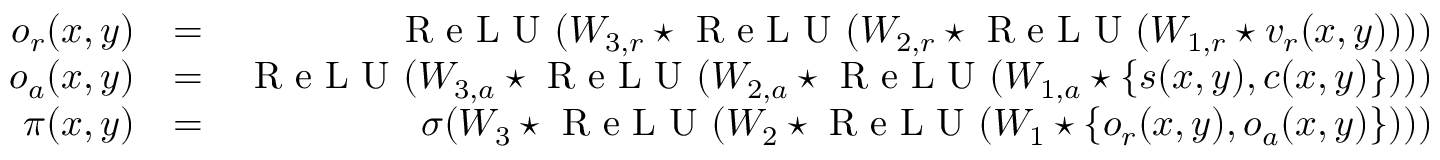
\begin{array} { r l r } { o _ { r } ( x , y ) } & { = } & { \textrm { R e L U } ( W _ { 3 , r } \star \textrm { R e L U } ( W _ { 2 , r } \star \textrm { R e L U } ( W _ { 1 , r } \star v _ { r } ( x , y ) ) ) ) } \\ { o _ { a } ( x , y ) } & { = } & { \textrm { R e L U } ( W _ { 3 , a } \star \textrm { R e L U } ( W _ { 2 , a } \star \textrm { R e L U } ( W _ { 1 , a } \star \{ s ( x , y ) , c ( x , y ) \} ) ) ) } \\ { \pi ( x , y ) } & { = } & { \sigma ( W _ { 3 } \star \textrm { R e L U } ( W _ { 2 } \star \textrm { R e L U } ( W _ { 1 } \star \{ o _ { r } ( x , y ) , o _ { a } ( x , y ) \} ) ) ) } \end{array}